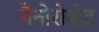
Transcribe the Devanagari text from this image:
नैनोरोबोट